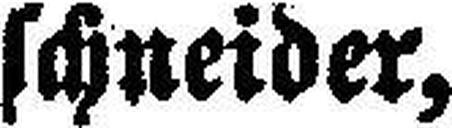
schneider,